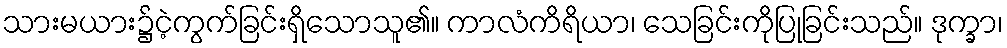
သားမယား၌ငဲ့ကွက်ခြင်းရှိသောသူ၏။ ကာလံကိရိယာ၊ သေခြင်းကိုပြုခြင်းသည်။ ဒုက္ခာ၊